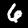
Digit: 6